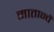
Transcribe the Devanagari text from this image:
मातान्चें